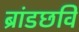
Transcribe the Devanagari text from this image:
ब्रांडछवि